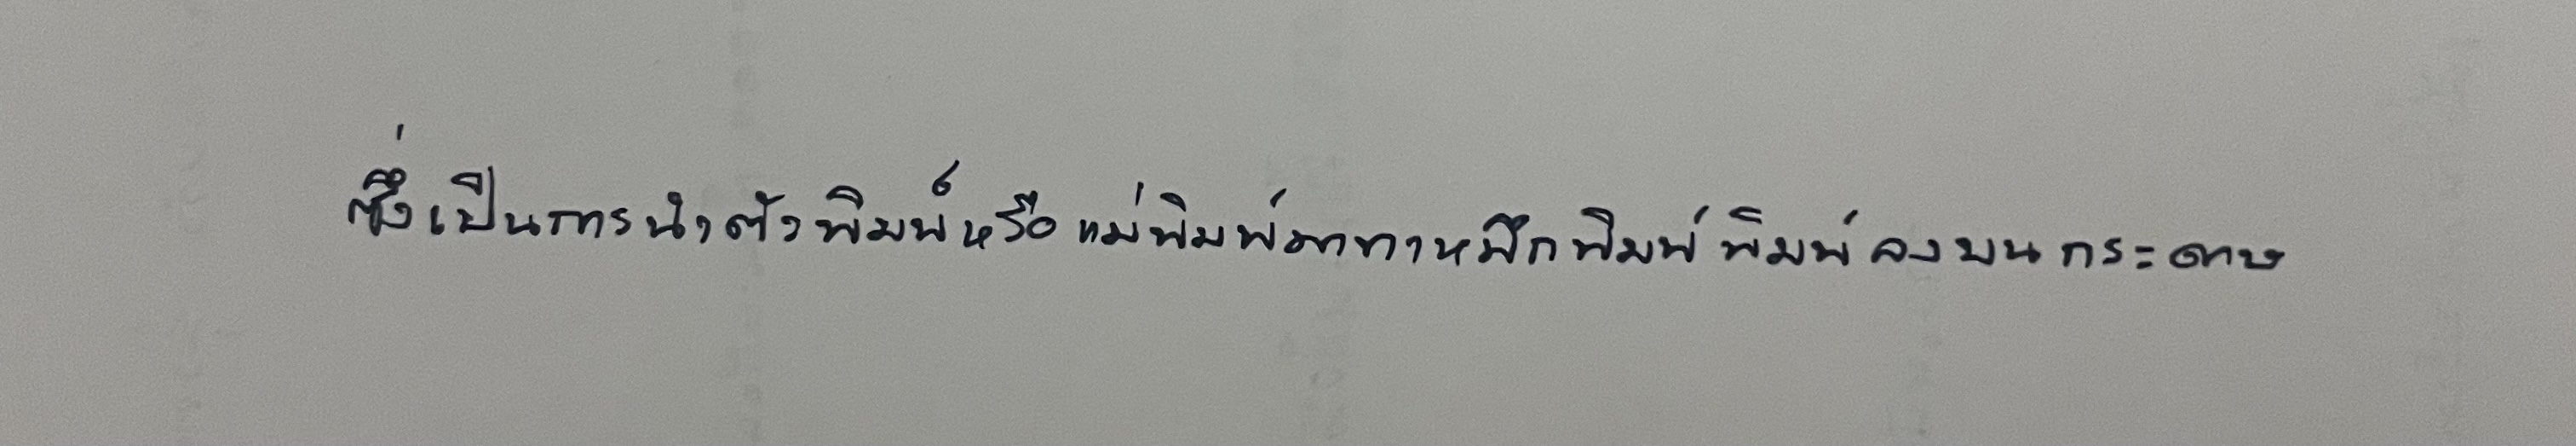
ซึ่งเป็นการนำตัวพิมพ์หรือแม่พิมพ์มาทาหมึกพิมพ์พิมพ์ลงบนกระดาษ